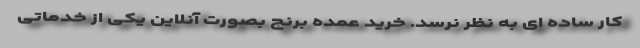
کار ساده ای به نظر نرسد. خرید عمده برنج بصورت آنلاین یکی از خدماتی